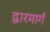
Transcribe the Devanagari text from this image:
द्वारमार्ग